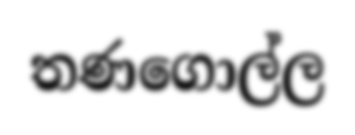
තණගොල්ල